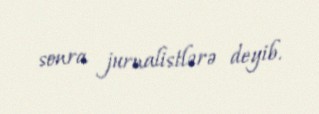
sonra jurnalistlərə deyib.